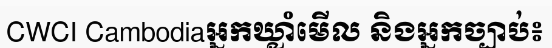
CWCI Cambodiaអ្នកឃ្លាំមើល និងអ្នកច្បាប់៖